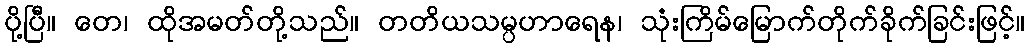
ပို့ပြီ။ တေ၊ ထိုအမတ်တို့သည်။ တတိယသမ္ပဟာရေန၊ သုံးကြိမ်မြောက်တိုက်ခိုက်ခြင်းဖြင့်။